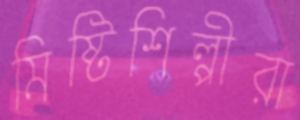
মিষ্টিশিল্পীরা